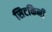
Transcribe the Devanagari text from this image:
सिटकिनी